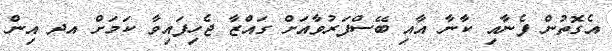
އެގޮތުން ފެނާއި ކާނާ އާއި ބޭސްފަރުވާއަށް ގައްޒާ ޖެހިފައިވާ ކަމަށް އދ އިން